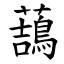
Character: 䕵